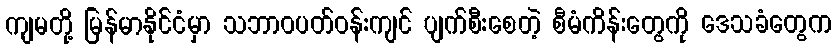
ကျမတို့ မြန်မာနိုင်ငံမှာ သဘာဝပတ်ဝန်းကျင် ပျက်စီးစေတဲ့ စီမံကိန်းတွေကို ဒေသခံတွေက